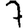
Digit: 7